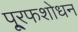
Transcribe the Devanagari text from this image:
पू्रफशोधन